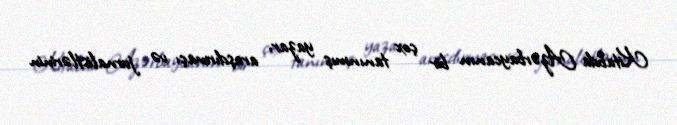
Kitabda Azərbaycanın bir çox tanınmış yazar, araşdırmaçı və jurnalistlərinin